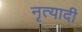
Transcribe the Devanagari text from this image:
नृत्यादी